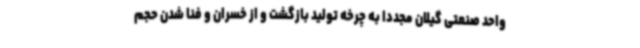
واحد صنعتی گیلان مجددا به چرخه تولید بازگشت و از خسران و فنا شدن حجم